Source: Handwritten
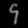
Digit: ၄ (4)